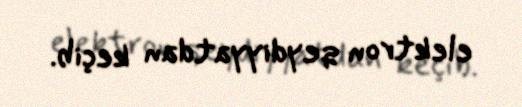
elektron qeydiyyatdan keçib.